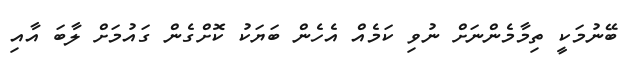
ބޭނުމަކީ ތިމާމެންނަށް ނުވި ކަމެއް އެހެން ބަޔަކު ކޮށްގެން ގައުމަށް ލާބަ އާއި